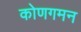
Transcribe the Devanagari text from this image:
कोणगमन